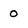
Character: 0